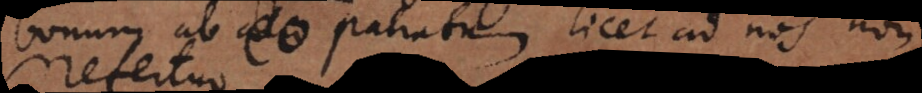
bonum ab eo patratum, licet ad nos non